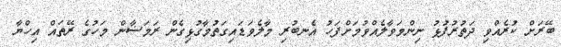
ބޭރަށް ކުރެއްވި ދަތުރުފުޅު ނިންމަވާލެއްވުމަށްފަހު އެނބުރި މާލެވަޑައިގަތުމާގުޅިގެން ރަމަޟާން މަހުގެ ރޭތައް އިހްޔާ